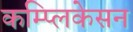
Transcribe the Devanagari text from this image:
कम्प्लिकेसन